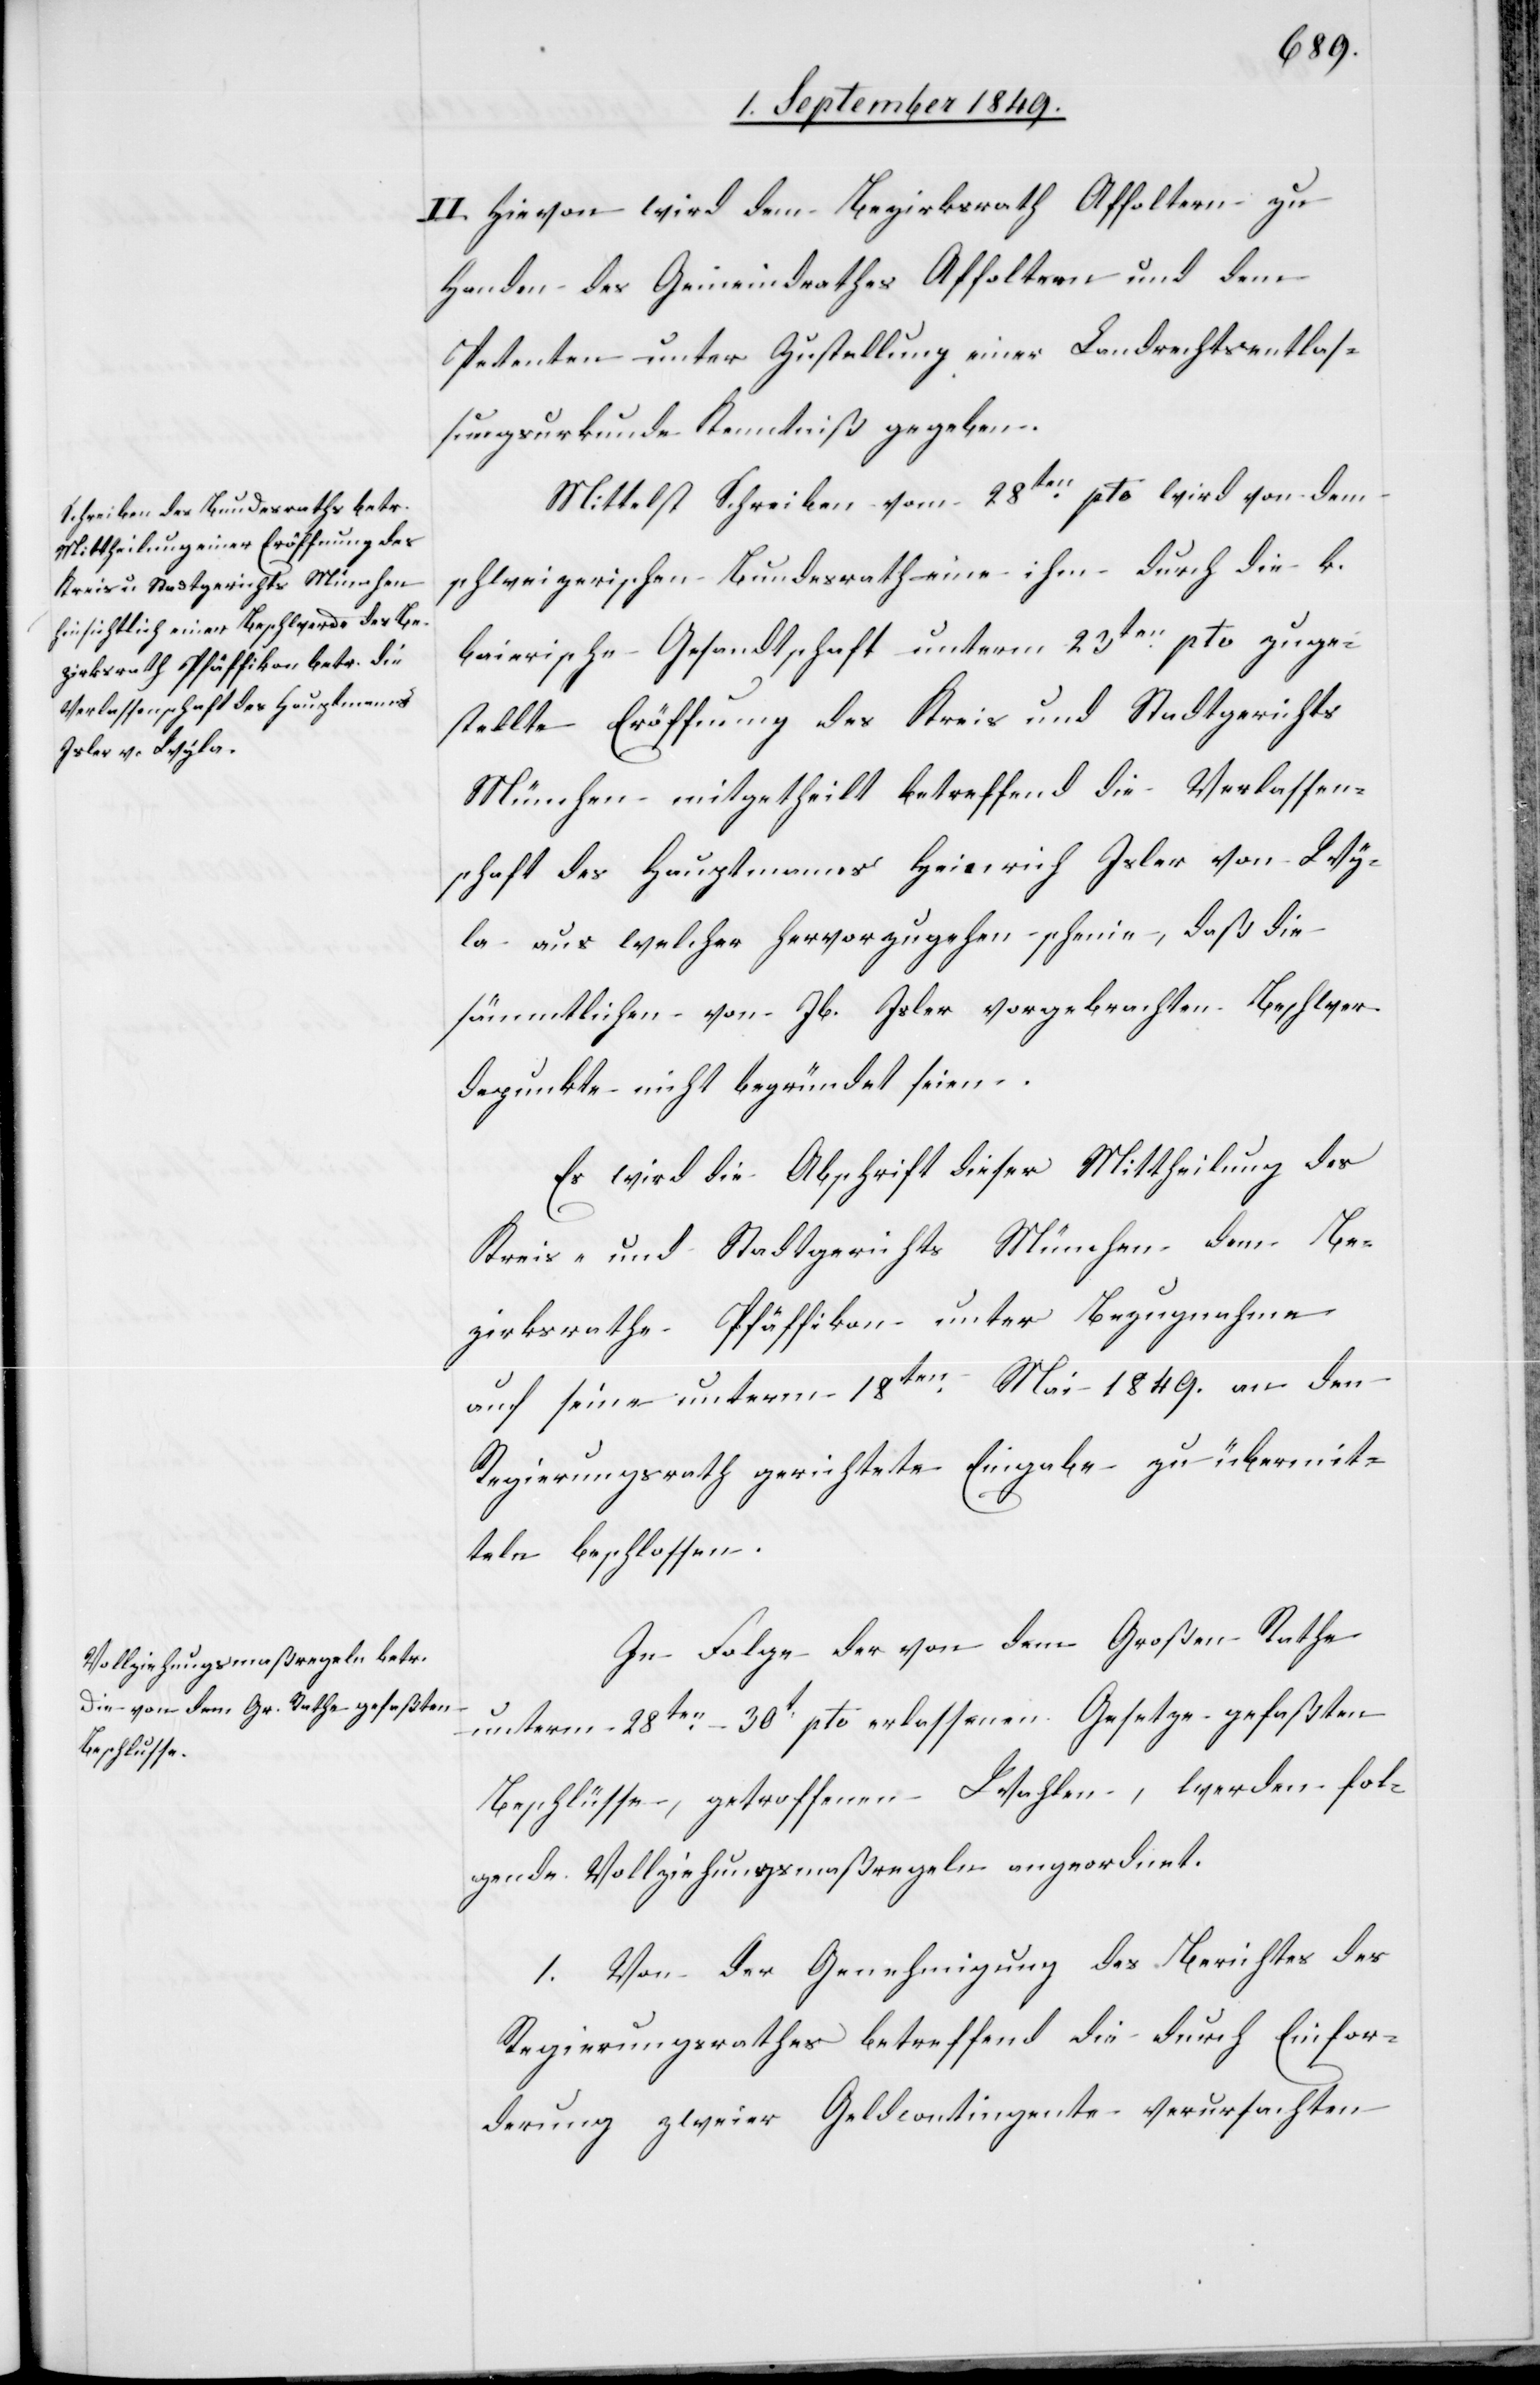
II. Hievon wird dem Bezirksrath Affoltern zu
Handen des Gemeindrathes Affoltern und dem
Petenten unter Zustellung einer Landrechtsentlas¬
sungsurkunde Kenntniß gegeben.
Mittelst Schreiben vom 28ten pto wird von dem
schweizerischen Bundesrath eine ihm durch die k.
baierische Gesandtschaft unterm 23ten pto zuge¬
stellte Eröffnung des Kreis[-] und Stadtgerichts
München mitgetheilt betreffend die Verlassen¬
schaft des Hauptmanns Heinrich Isler von Wy¬
la aus welcher hervorzugehen scheine, daß die
sämmtlichen von Jb. Isler vorgebrachten Beschwer¬
depunkte nicht begründet seien.
Es wird die Abschrift dieser Mittheilung des
Kreis- und Stadtgerichts München dem Be¬
zirksrathe Pfäffikon unter Bezugnahme
auf seine unterm 18ten Mai 1849. an den
Regierungsrath gerichtete Eingabe zu übermit¬
teln beschlossen.
In Folge der von dem Großen Rathe
unterm 28ten –30t pto erlassenen Gesetze gefaßten
Beschlüsse, getroffenen Wahlen, werden fol¬
gende Vollziehungsmaßregeln angeordnet.
1. Von der Genehmigung des Berichtes des
Regierungsrathes betreffend die durch Einfor¬
derung zweier Geldcontingente verursachten